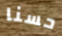
حسنا